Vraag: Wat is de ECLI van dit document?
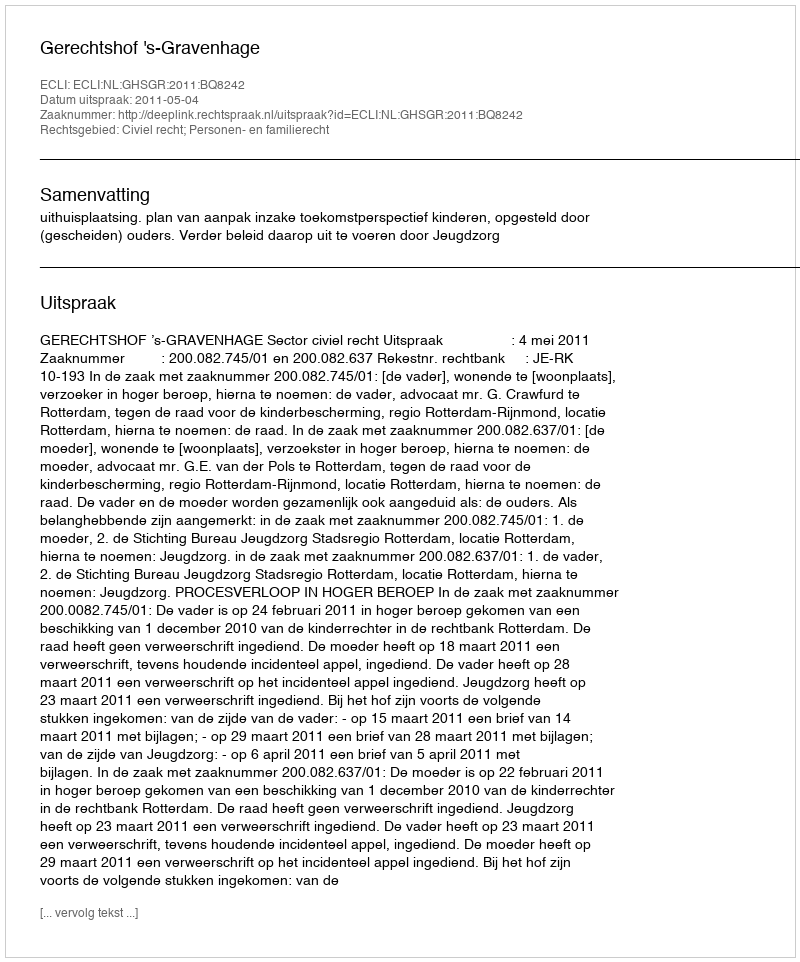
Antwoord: ECLI:NL:GHSGR:2011:BQ8242